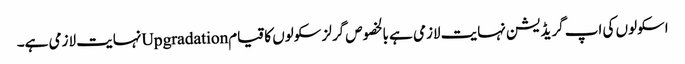
اسکولوں کی اپ گریڈیشن نہایت لازمی ہے بالخصوص گرلز سکولوں کا قیامUpgradationنہایت لازمی ہے۔